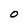
Character: o